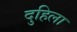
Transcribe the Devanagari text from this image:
दुहिला